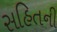
સહિતની